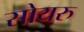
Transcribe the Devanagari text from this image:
सोयरु